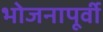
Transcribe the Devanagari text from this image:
भोजनापूर्वी